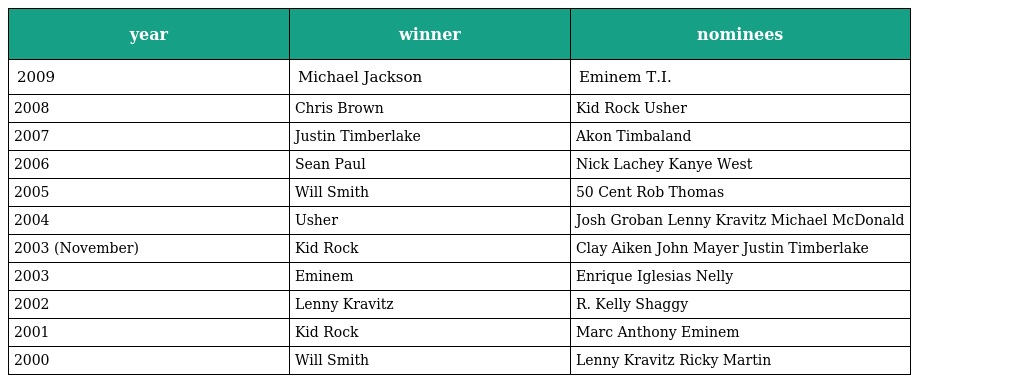
| year | winner | nominees |
 | --- | --- | --- |
 | 2009 | Michael Jackson | Eminem T.I. |
 | 2008 | Chris Brown | Kid Rock Usher |
 | 2007 | Justin Timberlake | Akon Timbaland |
 | 2006 | Sean Paul | Nick Lachey Kanye West |
 | 2005 | Will Smith | 50 Cent Rob Thomas |
 | 2004 | Usher | Josh Groban Lenny Kravitz Michael McDonald |
 | 2003 (November) | Kid Rock | Clay Aiken John Mayer Justin Timberlake |
 | 2003 | Eminem | Enrique Iglesias Nelly |
 | 2002 | Lenny Kravitz | R. Kelly Shaggy |
 | 2001 | Kid Rock | Marc Anthony Eminem |
 | 2000 | Will Smith | Lenny Kravitz Ricky Martin |